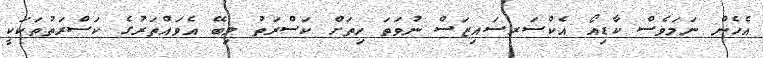
އެހެން ނަމަވެސް ކާޑިއޯ އެކްސަރސައިޒަސް ނުވަތަ ހިތަށް ކަސްރަތު ލިބޭ އެވައްތަރުގެ ކަސްރަތުތަކަކީ